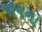
જાનના